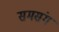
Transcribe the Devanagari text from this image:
समसंग